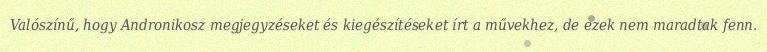
Valószínű, hogy Andronikosz megjegyzéseket és kiegészítéseket írt a művekhez, de ezek nem maradtak fenn.